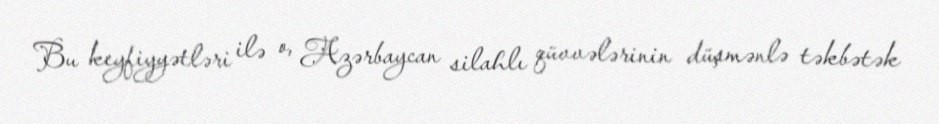
Bu keyfiyyətləri ilə o, Azərbaycan silahlı qüvvələrinin düşmənlə təkbətək